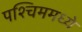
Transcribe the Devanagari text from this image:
पश्चिममध्ये